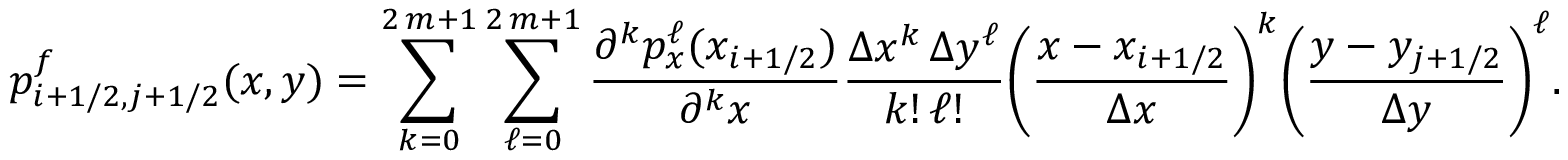
p _ { i + 1 / 2 , j + 1 / 2 } ^ { f } ( x , y ) = \sum _ { k = 0 } ^ { 2 \, m + 1 } \sum _ { \ell = 0 } ^ { 2 \, m + 1 } \frac { \partial ^ { k } p _ { x } ^ { \ell } ( x _ { i + 1 / 2 } ) } { \partial ^ { k } x } \frac { \Delta x ^ { k } \, \Delta y ^ { \ell } } { k ! \, \ell ! } \bigg ( \frac { x - x _ { i + 1 / 2 } } { \Delta x } \bigg ) ^ { k } \bigg ( \frac { y - y _ { j + 1 / 2 } } { \Delta y } \bigg ) ^ { \ell } .